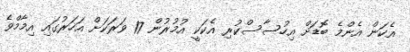
އެކަން އެންމެ ބޮޑަށް އިހުސާސްކުރި އެކަކީ އުމުރުން 17 ވަރަކަށް އަހަރުގައި އިމާމްވެ